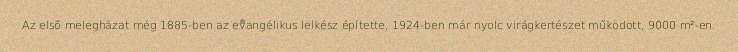
Az első melegházat még 1885-ben az evangélikus lelkész építette, 1924-ben már nyolc virágkertészet működött, 9000 m²-en.